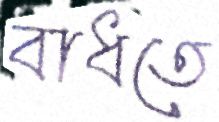
বাধতে